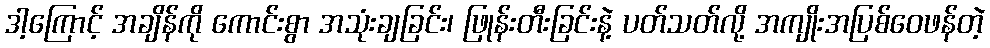
ဒါ့ကြောင့် အချိန်ကို ကောင်းစွာ အသုံးချခြင်း၊ ဖြုန်းတီးခြင်းနဲ့ ပတ်သတ်လို့ အကျိုးအပြစ်ဝေဖန်တဲ့